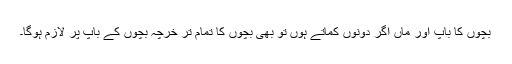
بچوں کا باپ اور ماں اگر دونوں کماتے ہوں تو بھی بچوں کا تمام تر خرچہ بچوں کے باپ پر لازم ہوگا۔